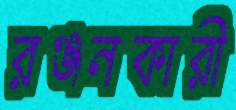
রঞ্জনকারী